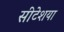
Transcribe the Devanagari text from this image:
सीटेशया